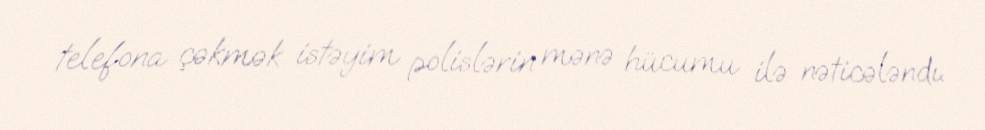
telefona çəkmək istəyim polislərin mənə hücumu ilə nəticələndı.